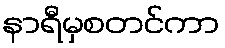
နာရီမှစတင်ကာ